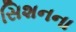
સિશનના